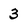
Character: 3